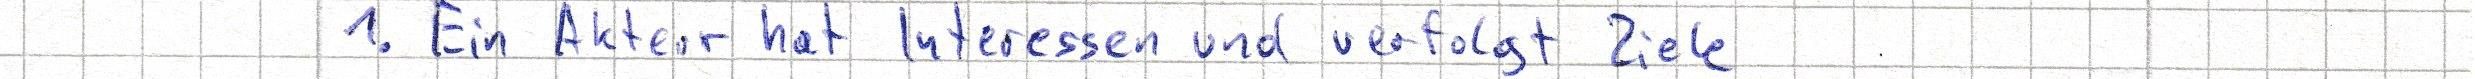
1. Ein Akteur hat Interessen und verfolgt Ziele